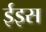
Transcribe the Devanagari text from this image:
ईइस